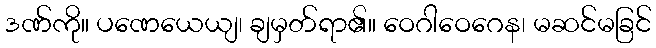
ဒဏ်ကို။ ပဏေယေယျ၊ ချမှတ်ရာ၏။ ဝေဂါဝေဂေန၊ မဆင်မခြင်